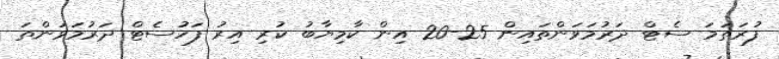
ފުރަތަމަ ސެޓް ދަރުމަވަންތައިން 25-20 އިން ކާމިޔާބު ކުރި އިރު ފަހުސެޓް ދަރުމަވަންތަ